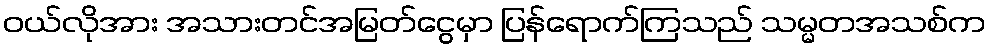
၀ယ်လိုအား အသားတင်အမြတ်ငွေမှာ ပြန်ရောက်ကြသည် သမ္မတအသစ်က